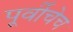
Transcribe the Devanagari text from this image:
पूर्वीचेच